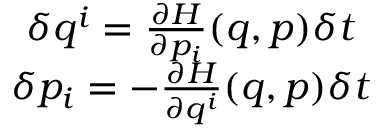
\begin{array} { c } { \delta q ^ { i } = \frac { \partial H } { \partial p _ { i } } ( q , p ) \delta t } \\ { \delta p _ { i } = - \frac { \partial H } { \partial q ^ { i } } ( q , p ) \delta t } \end{array}